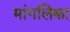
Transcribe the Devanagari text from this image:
मांगलिका